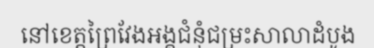
នៅខេត្តព្រៃវែងអង្គជំនុំជម្រះសាលាដំបូង